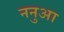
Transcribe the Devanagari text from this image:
ननुआ